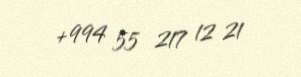
+994 55 217 12 21